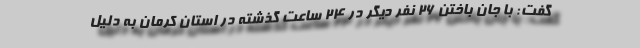
گفت: با جان باختن ۲۶ نفر دیگر در ۲۴ ساعت گذشته در استان کرمان به دلیل